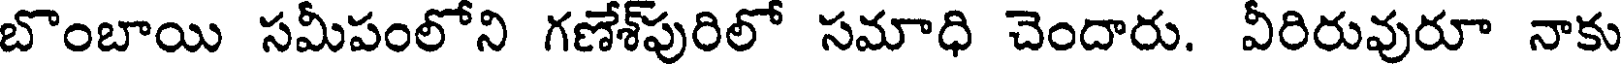
బొంబాయి సమీపంలోని గణేశ్పురిలో సమాధి చెందారు. వీరిరువురూ నాకు